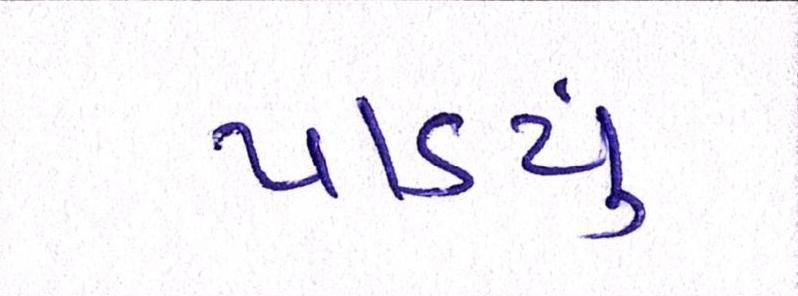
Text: પાડ્યું